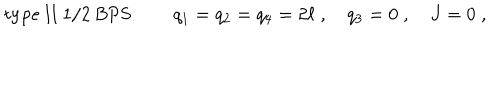
\mathrm { t y p e ~ I I ~ 1 / 2 ~ B P S : } \qquad q _ { 1 } = q _ { 2 } = q _ { 4 } = 2 \ell \; , \quad q _ { 3 } = 0 \; , \quad J = 0 \; ,